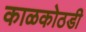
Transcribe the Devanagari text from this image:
काळकोठडी